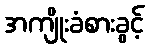
အကျိုးခံစားခွင့်